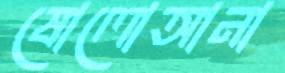
ষোলোআনা